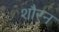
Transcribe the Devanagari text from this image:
शौरन